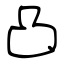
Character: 凸